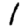
Digit: 1